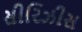
સીરિઝીસ